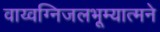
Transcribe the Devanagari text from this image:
वाय्वग्निजलभूम्यात्मने